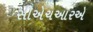
સીએચઆરએ